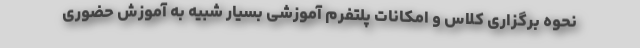
نحوه برگزاری کلاس و امکانات پلتفرم آموزشی بسیار شبیه به آموزش حضوری